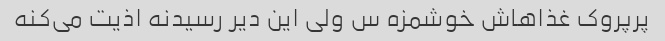
پرپروک غذاهاش خوشمزه س ولی این دیر رسیدنه اذیت می‌کنه